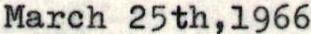
March 25th,1966